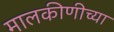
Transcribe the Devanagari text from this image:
मालकीणीच्या